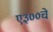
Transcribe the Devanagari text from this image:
ए३००चे